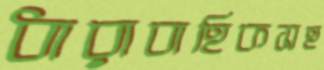
ধারাবাহিকসহ